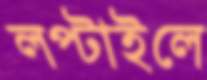
লপ্‌টাইলে